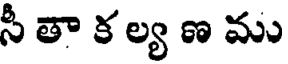
సీ తా క ల్య ణ ము